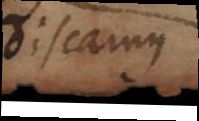
discamus